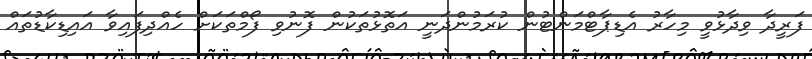
ފަރީދާ ވިދާޅުވީ މިހާރު އެޑިޕާޓްމަންޓުން ކުރަމުންދަނީ އަތޮޅުތަކުން ފޮނުވި ފޯމްތަކަށް ހެއްދިފައިވާ އައިޑިކާޑުތައް